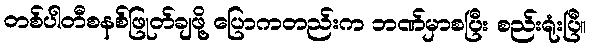
တစ်ပါတီစနစ်ဖြုတ်ချဖို့ ပြောကတည်းက ဘဏ်မှာစပြီး စည်းရုံးပြီ။